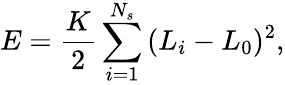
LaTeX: E=\frac{K}{2}\sum_{i=1}^{N_{s}}{(L_{i}-L_{0})^{2}},